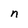
Character: n